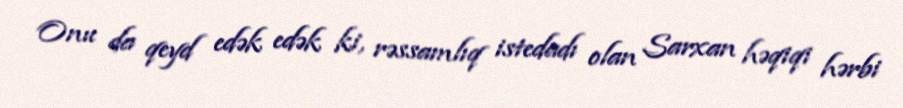
Onu da qeyd edək edək ki, rəssamlıq istedadı olan Sarxan həqiqi hərbi